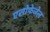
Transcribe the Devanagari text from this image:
एसोफेजेल